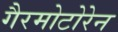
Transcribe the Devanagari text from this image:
गैरमोटोरेन